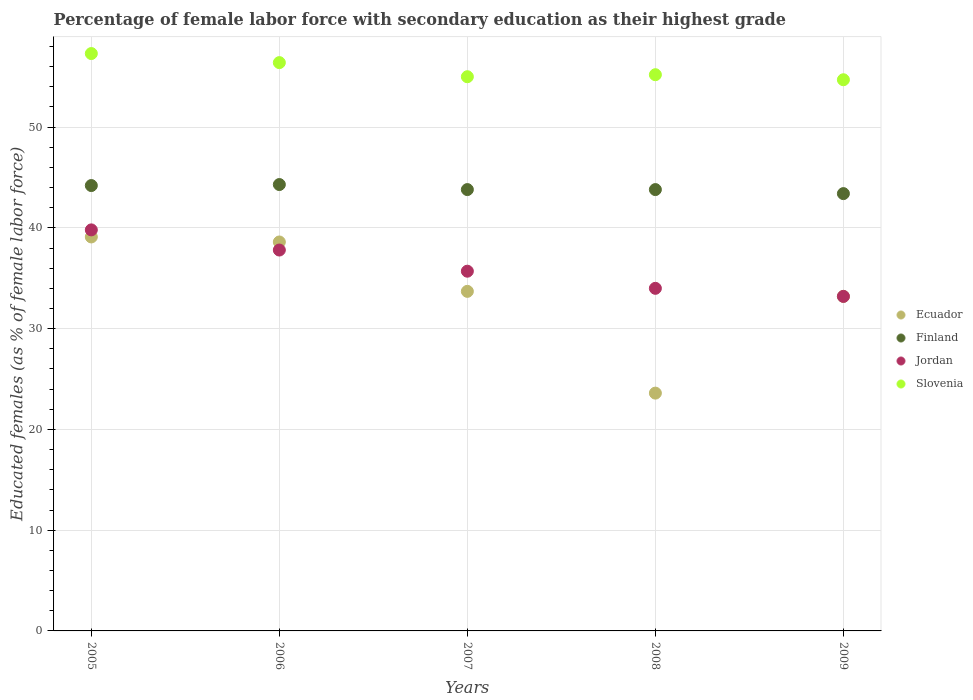
| Years | Ecuador | Finland | Jordan | Slovenia |
 | --- | --- | --- | --- | --- |
 | 2005 | 39.1 | 44.2 | 39.8 | 57.3 |
 | 2006 | 38.6 | 44.3 | 37.8 | 56.4 |
 | 2007 | 33.7 | 43.8 | 35.7 | 55 |
 | 2008 | 23.6 | 43.8 | 34 | 55.2 |
 | 2009 | 33.2 | 43.4 | 33.2 | 54.7 |